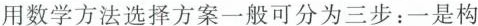
用数学方法选择方案一般可分为三步：一是构